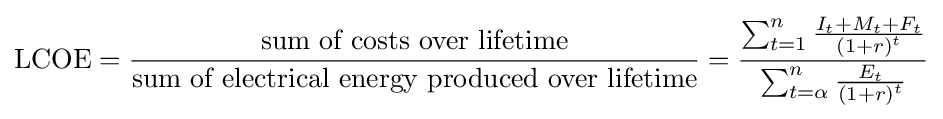
\mathrm {LCOE} ={\frac {\text{sum of costs over lifetime}}{\text{sum of electrical energy produced over lifetime}}}={\frac {\sum _{t=1}^{n}{\frac {I_{t}+M_{t}+F_{t}}{\left({1+r}\right)^{t}}}}{\sum _{t=\alpha }^{n}{\frac {E_{t}}{\left({1+r}\right)^{t}}}}}